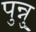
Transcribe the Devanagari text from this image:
पुन्नु